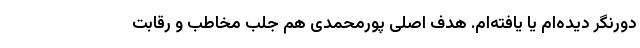
دور‌نگر دیده‌ام یا یافته‌ام. هدف اصلی پورمحمدی هم جلب مخاطب و رقابت